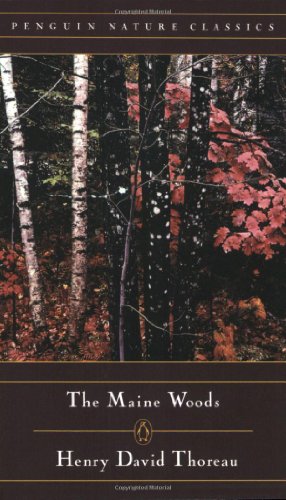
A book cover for The Maine Woods (Penguin Nature Library); Henry David Thoreau; Sports & Outdoors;